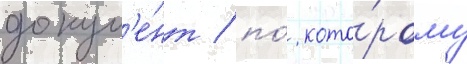
докум'е́нт / по́ кото́рому